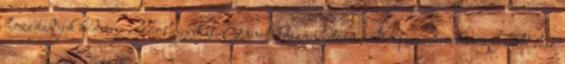
hozzáadjuk kedvenc illóolajunkat. Ennek köszönhetően a bőrtípusunknak megfelelő lesz